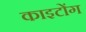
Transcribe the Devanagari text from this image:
काइटोंग